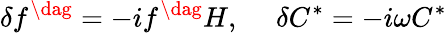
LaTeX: \delta f^{\dag}=-if^{\dag}H,~~~~~\delta C^{*}=-i\omega C^{*}